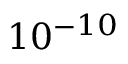
\displaystyle { 1 0 ^ { - 1 0 } }